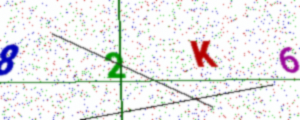
Text: 82K6